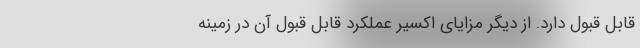
قابل قبول دارد. از دیگر مزایای اکسیر عملکرد قابل قبول آن در زمینه